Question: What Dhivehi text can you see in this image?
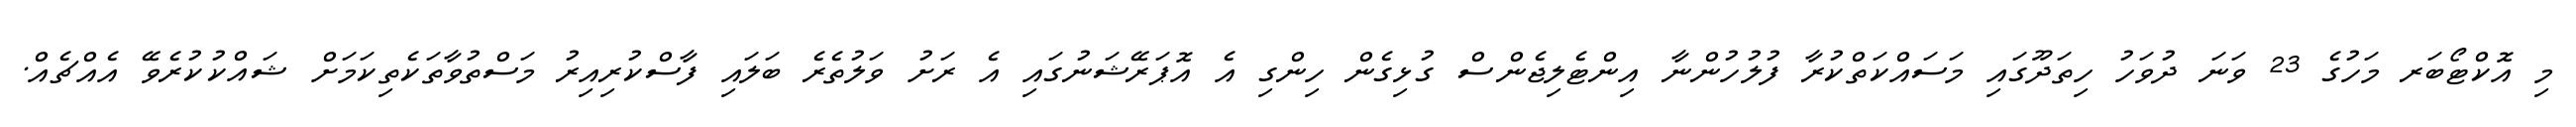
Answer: މި އޮކްޓޯބަރ މަހުގެ 23 ވަނަ ދުވަހު ހިތަދޫގައި މަސައްކަތްކުރާ ފުލުހުންނާ އިންޓެލިޖެންސް ގުޅިގެން ހިންގި އެ އޮޕަރޭޝަނުގައި އެ ރަށު ވަލުތެރެ ބަލައި ފާސްކުރިއިރު މަސްތުވާތަކެތިކަމަށް ޝައްކުކުރެވޭ އެއްޗެއް.